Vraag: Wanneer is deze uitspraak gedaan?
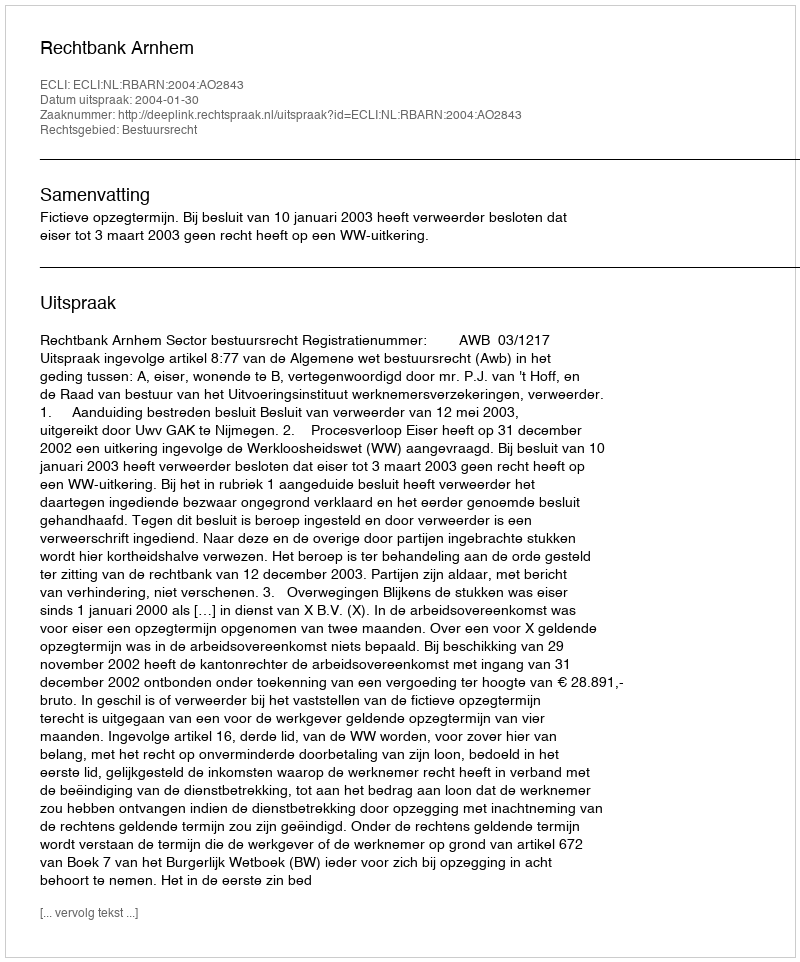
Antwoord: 2004-01-30